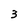
Character: 3